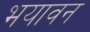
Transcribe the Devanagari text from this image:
भयावन